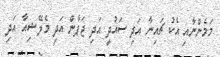
މަމެންނާއި އެކު ޗައިނާ އަދި ސައުދީ އަދި ޖަޕާން އަދި މެލޭޝިއާ އަދި